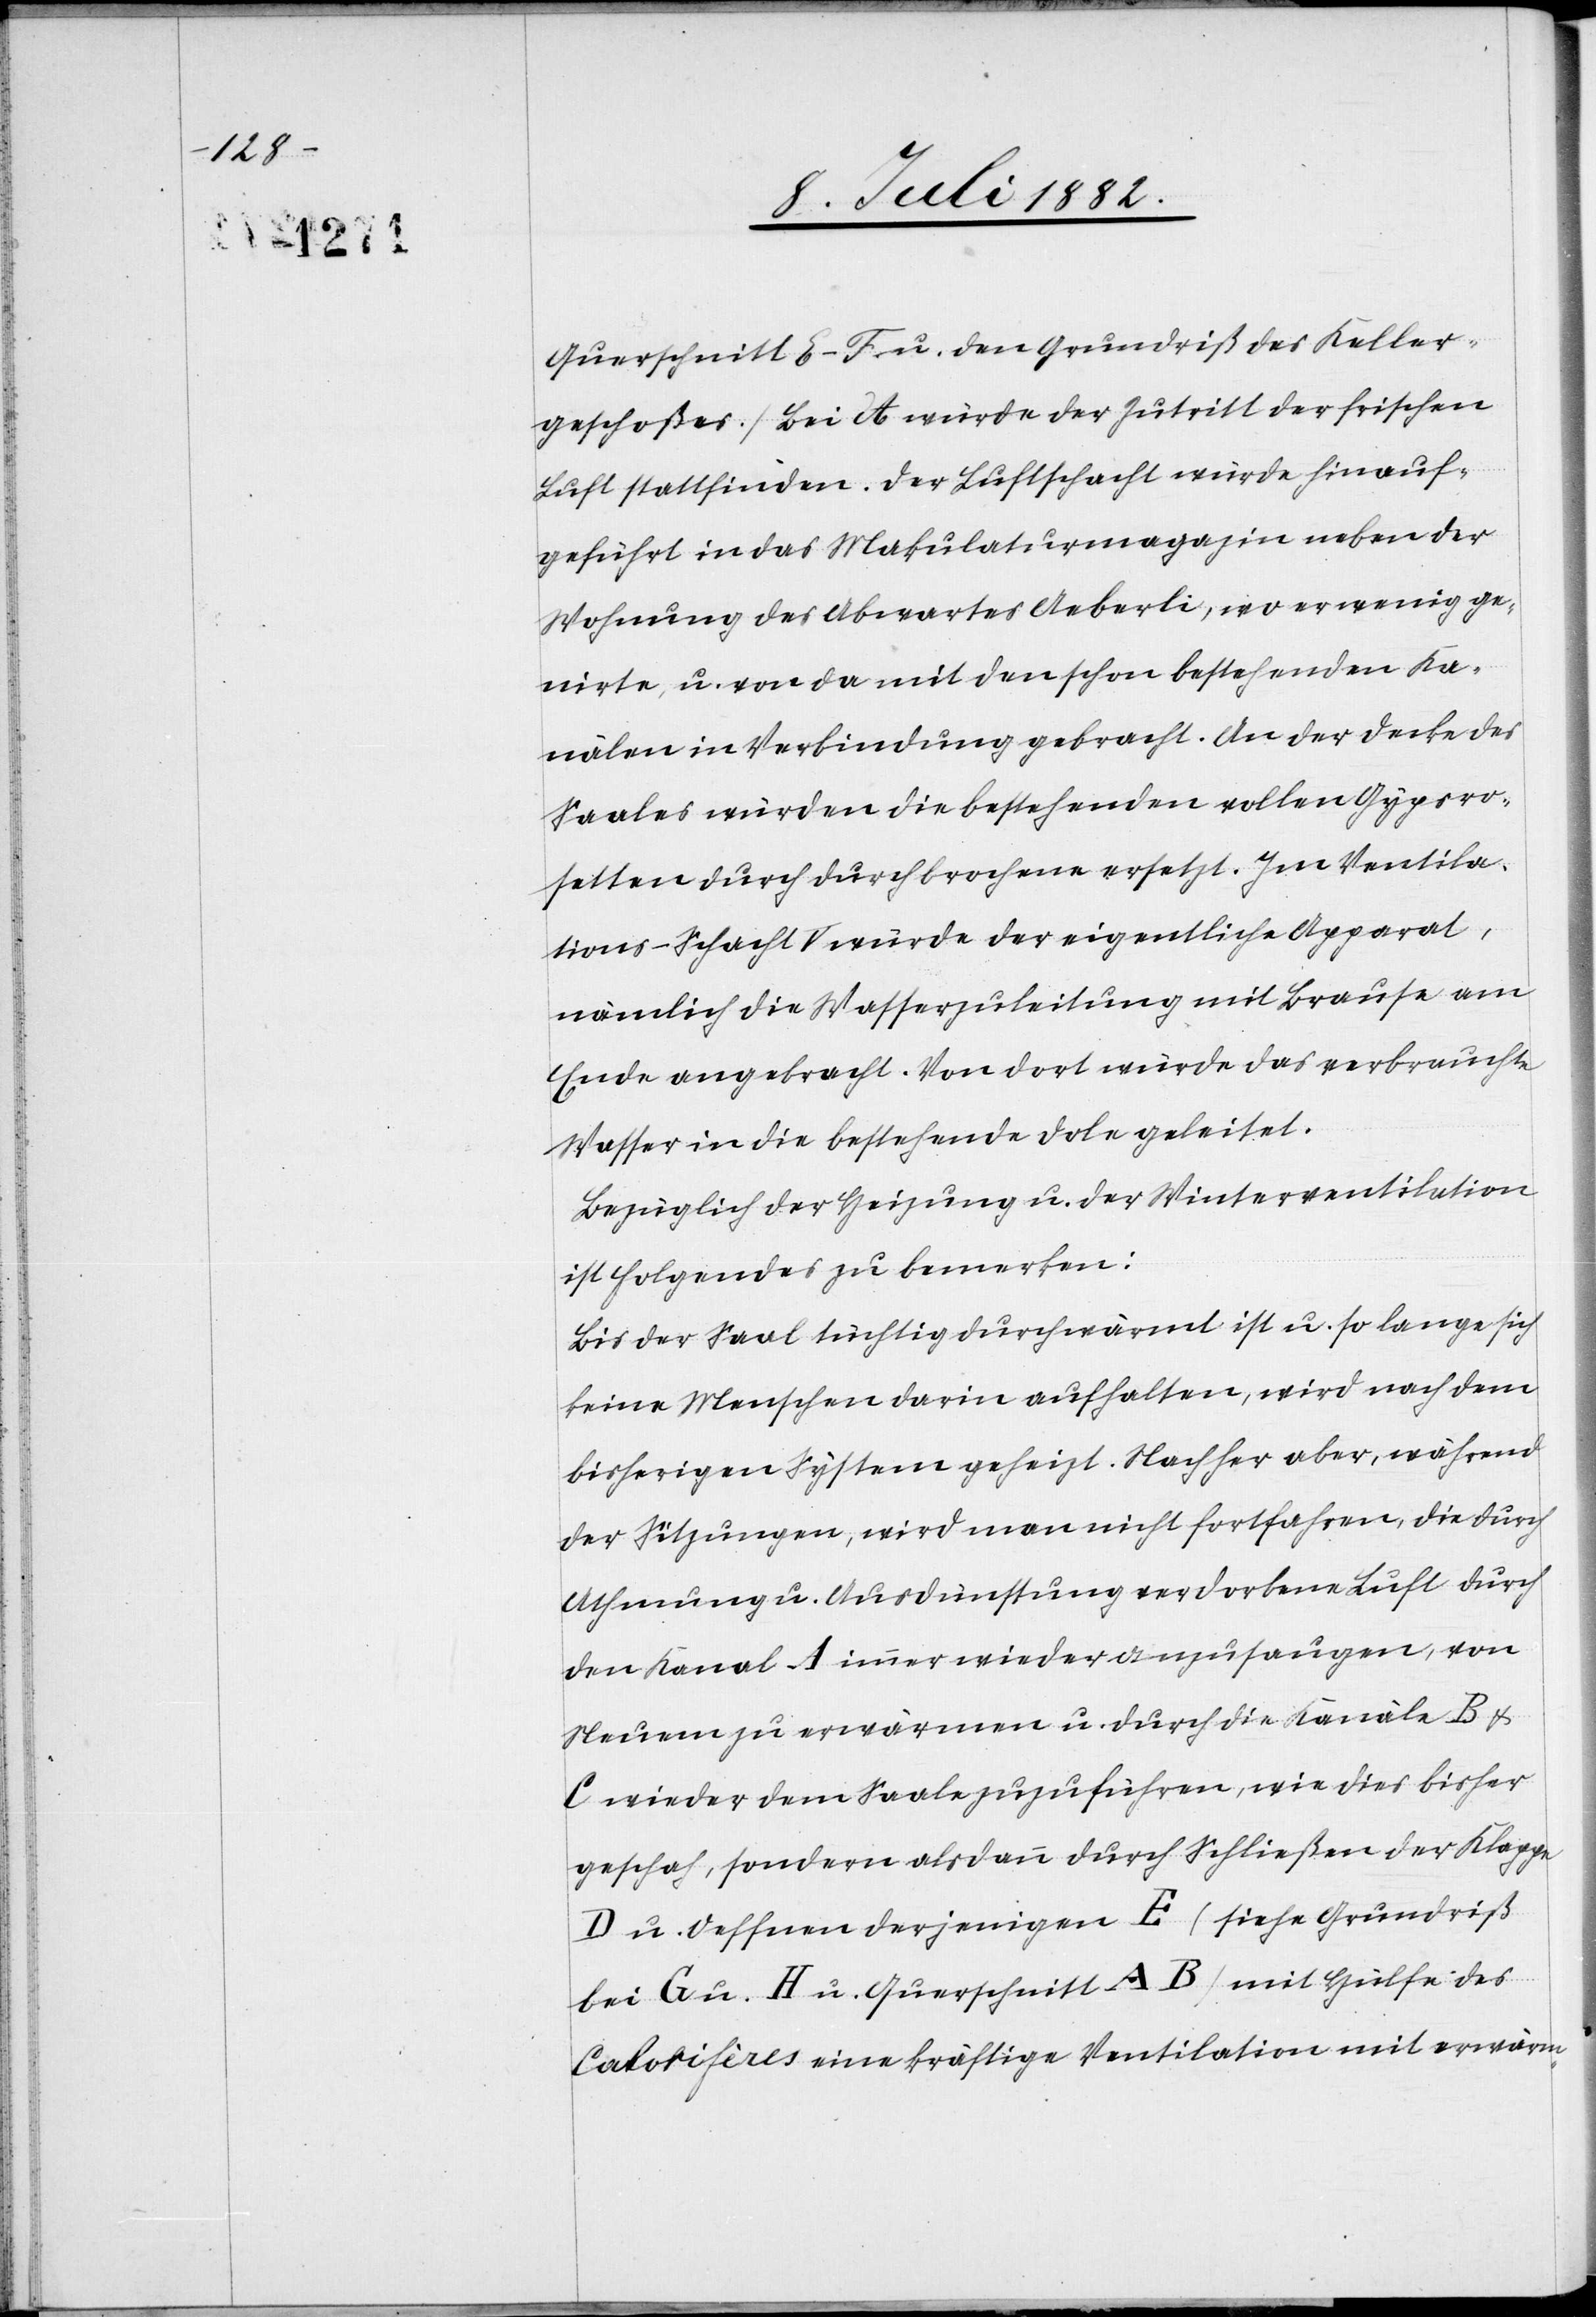
Querschnitt E–F u. den Grundriß des Keller¬
geschoßes.) Bei A würde der Zutritt der frischen
Luft stattfinden. Der Luftschacht würde hinauf¬
geführt in das Makulaturmagazin neben der
Wohnung des Abwartes Aeberli, wo er wenig ge¬
nirte, u. von da mit den schon bestehenden Ka¬
nälen in Verbindung gebracht. An der Decke des
Saales würden die bestehenden vollen Gypsro¬
setten durch durchbrochene ersetzt. Im Ventila¬
tions-Schacht V würde der eigentliche Apparat,
nämlich die Wasserzuleitung mit Brause am
Ende angebracht. Von dort würde das verbrauchte
Wasser in die bestehende Dole geleitet.
Bezüglich der Heizung u. der Winterventilation
ist Folgendes zu bemerken:
Bis der Saal tüchtig durchwärmt ist u. so lange sich
keine Menschen darin aufhalten, wird nach dem
bisherigen System geheizt. Nachher aber, während
der Sitzungen, wird man nicht fortfahren, die durch
Athmung u. Ausdünstung verdorbene Luft durch
den Kanal A immer wieder anzusaugen, von
Neuem zu erwärmen u. durch die Kanäle B &
C wieder dem Saale zuzuführen, wie dies bisher
geschah, sondern alsdann durch Schließen der Klappe
D u. Oeffnen derjenigen E (siehe Grundriß
bei G u. H u. Querschnitt AB) mit Hülfe des
Calorifères eine kräftige Ventilation mit erwärm-